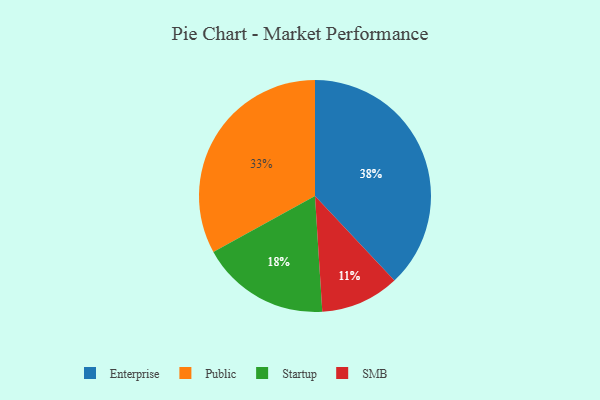
{"axis": {"x": "Category", "y": "Percentage"}, "legend": ["Enterprise", "Public", "SMB", "Startup"], "data": [{"x": "Enterprise", "y": 38, "type": "Enterprise"}, {"x": "Startup", "y": 18, "type": "Startup"}, {"x": "SMB", "y": 11, "type": "SMB"}, {"x": "Public", "y": 33, "type": "Public"}]}